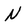
Character: N